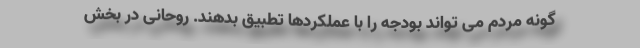
گونه مردم می تواند بودجه را با عملکردها تطبیق بدهند. روحانی در بخش